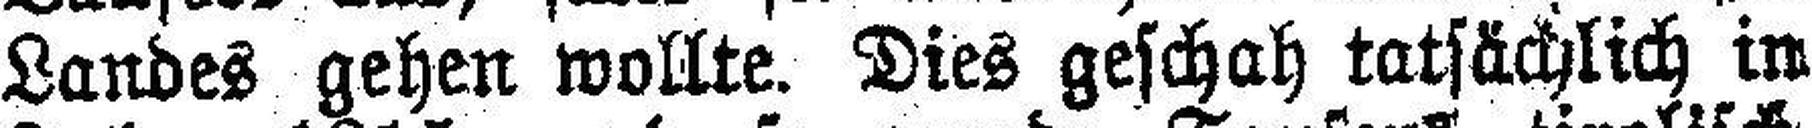
Landes gehen wollte. Dies geschah tatsächlich in